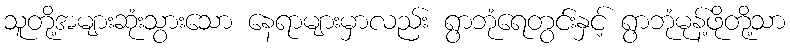
သူတို့အများဆုံးသွားသော နေရာများမှာလည်း ရွာဘုံရေတွင်းနှင့် ရွာဘုံမုန့်ဖိုတို့သာ